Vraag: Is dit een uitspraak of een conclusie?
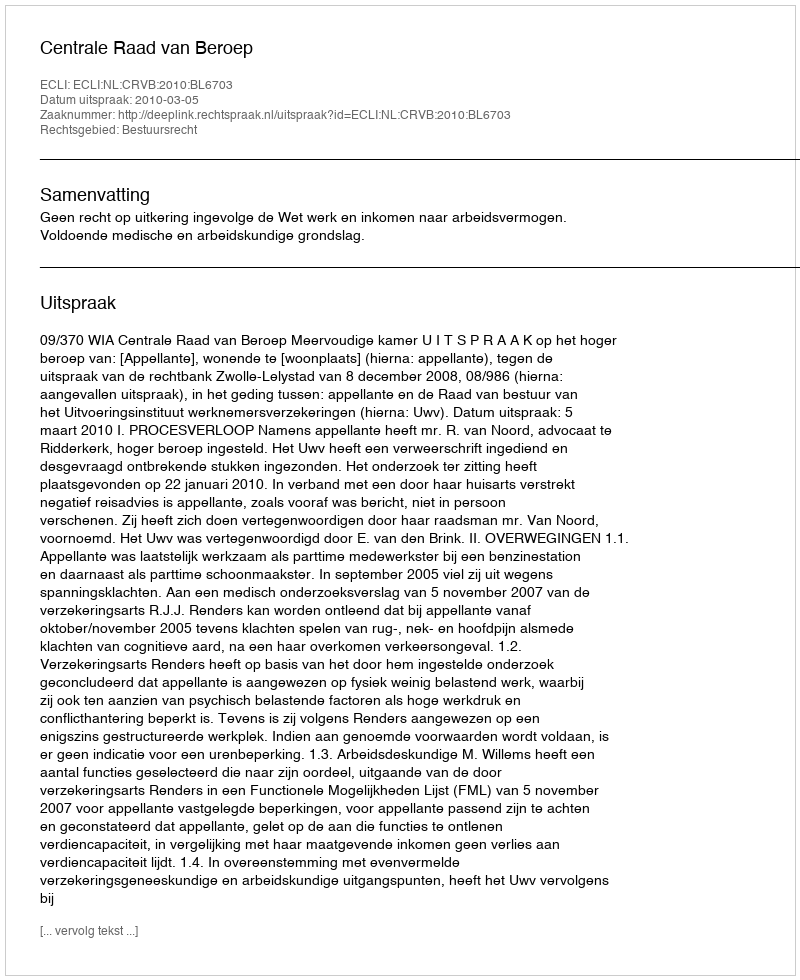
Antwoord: Uitspraak